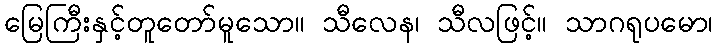
မြေကြီးနှင့်တူတော်မူသော။ သီလေန၊ သီလဖြင့်။ သာဂရုပမော၊